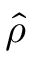
\hat { \rho }